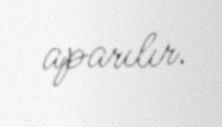
aparılır.